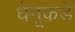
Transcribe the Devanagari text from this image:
धेनूकडे